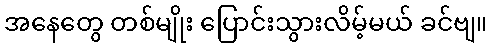
အနေတွေ တစ်မျိုး ပြောင်းသွားလိမ့်မယ် ခင်ဗျ။